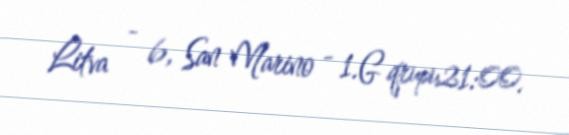
Litva - 6, San Marino - 1.G qrupu21:00.